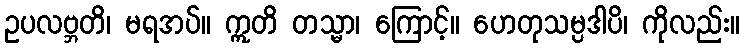
ဥပလဗ္ဘတိ၊ မရအပ်။ ဣတိ တသ္မာ၊ ကြောင့်။ ဟေတုသမ္ပဒါပိ၊ ကိုလည်း။